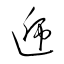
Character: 逓